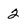
Character: 2